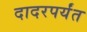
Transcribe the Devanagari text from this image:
दादरपर्यंत